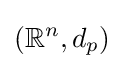
(\mathbb {R} ^{n},d_{p})